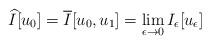
LaTeX: \begin{align*} \widehat{I} [u_0 ]=\overline{I} [u_0,u_1 ]= \lim\limits_{\epsilon\rightarrow0}I_\epsilon [u_\epsilon ] \end{align*}